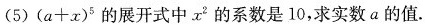
(5) $$( a + x ) ^ { 5 }$$ 的展开式中x^{2}的系数是10，求实数a的值。